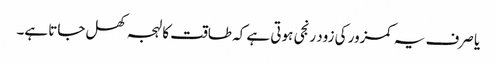
یا صرف یہ کمزور کی زود رنجی ہوتی ہے کہ طاقت کا لہجہ کھل جاتا ہے۔